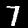
Digit: 7